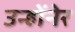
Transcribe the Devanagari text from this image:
उन्होंनेर